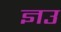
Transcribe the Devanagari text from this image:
ज्ञउ